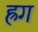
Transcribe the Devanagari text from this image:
ह्रग